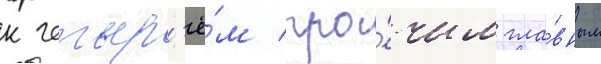
к четыр'ё́м про́чим гла́вным